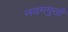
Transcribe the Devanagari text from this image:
नवममुखी